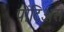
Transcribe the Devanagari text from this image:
पोंटिअस